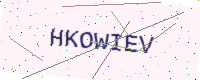
Text: HKOWIEV